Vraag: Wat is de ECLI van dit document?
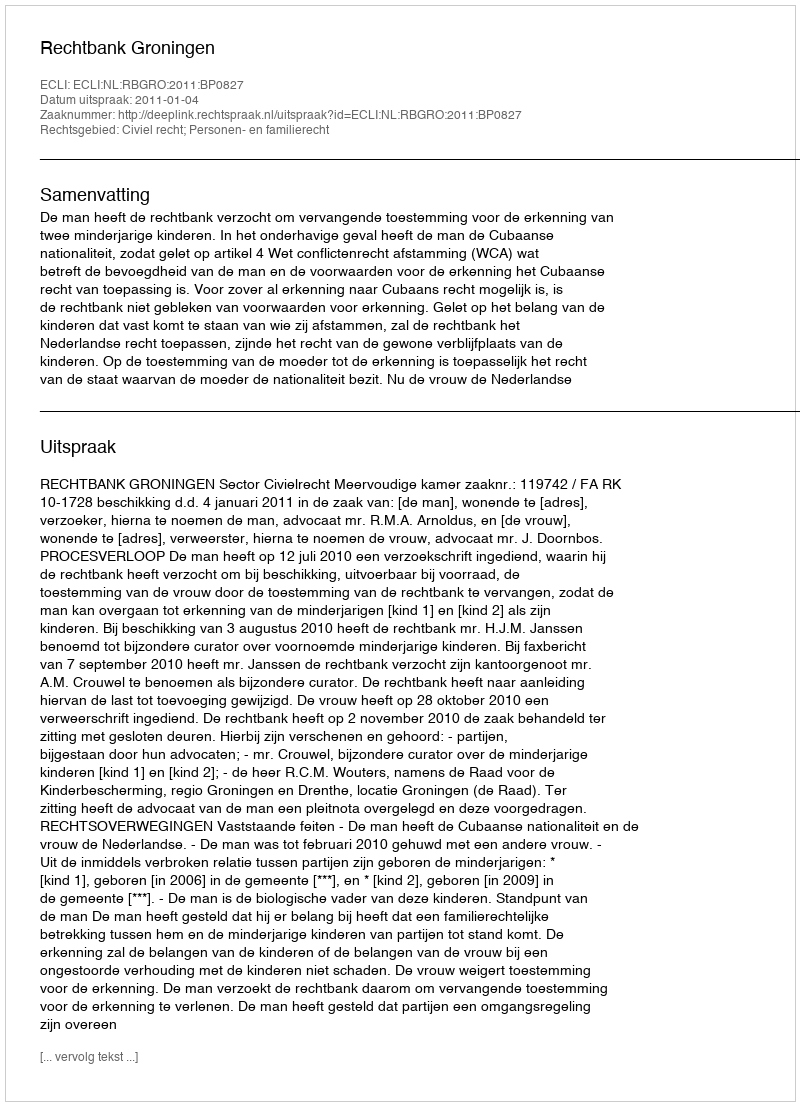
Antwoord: ECLI:NL:RBGRO:2011:BP0827